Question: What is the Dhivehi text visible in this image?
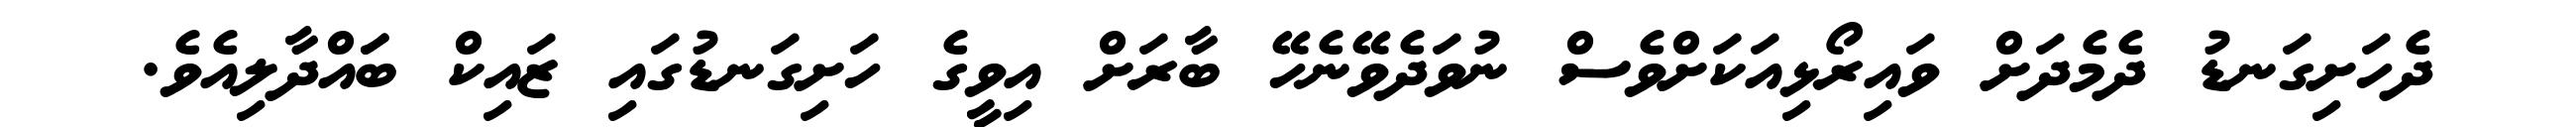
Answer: ދެހަށިގަނޑު ދެމެދަށް ވައިރޯޅިއަކަށްވެސް ނުވަދެވޭނެހޭ ބާރަށް އިވީގެ ހަށިގަނޑުގައި ޒައިކް ބަައްދާލިއެވެ.